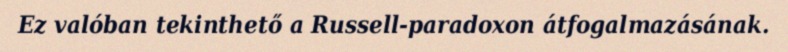
Ez valóban tekinthető a Russell-paradoxon átfogalmazásának.